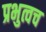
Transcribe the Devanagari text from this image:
प्रभुत्वच